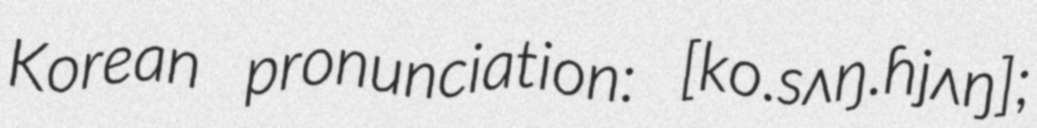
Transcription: Korean pronunciation: [ko.sʌŋ.ɦjʌŋ];